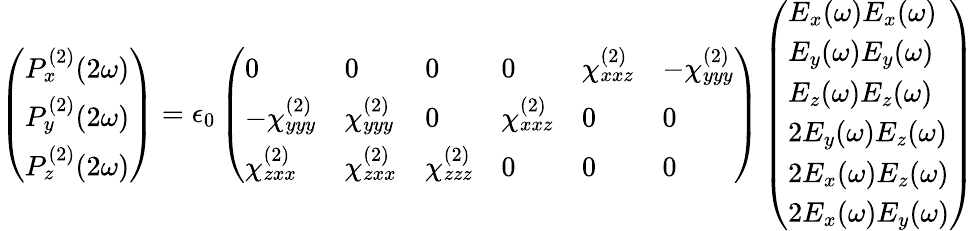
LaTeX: \left(\begin{array}{l}{P_{x}^{(2)}(2\omega)}\\ {P_{y}^{(2)}(2\omega)}\\ {P_{z}^{(2)}(2\omega)}\end{array}\right)=\epsilon_{0}\left(\begin{array}{llllll}{0}&{0}&{0}&{0}&{\chi_{xxz}^{(2)}}&{-\chi_{yyy}^{(2)}}\\ {-\chi_{yyy}^{(2)}}&{\chi_{yyy}^{(2)}}&{0}&{\chi_{xxz}^{(2)}}&{0}&{0}\\ {\chi_{zxx}^{(2)}}&{\chi_{zxx}^{(2)}}&{\chi_{zzz}^{(2)}}&{0}&{0}&{0}\end{array}\right)\left(\begin{array}{l}{E_{x}(\omega)E_{x}(\omega)}\\ {E_{y}(\omega)E_{y}(\omega)}\\ {E_{z}(\omega)E_{z}(\omega)}\\ {2E_{y}(\omega)E_{z}(\omega)}\\ {2E_{x}(\omega)E_{z}(\omega)}\\ {2E_{x}(\omega)E_{y}(\omega)}\end{array}\right)